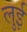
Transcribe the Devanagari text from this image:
लुुई